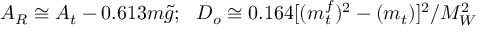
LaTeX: A _ { R } \cong A _ { t } - 0 . 6 1 3 m { \tilde { g } } ; ~ ~ D _ { o } \cong 0 . 1 6 4 \lbrack ( m _ { t } ^ { f } ) ^ { 2 } - ( m _ { t } ) \rbrack ^ { 2 } / M _ { W } ^ { 2 }